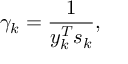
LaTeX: \gamma _ { k } = { \frac { 1 } { y _ { k } ^ { T } s _ { k } } } ,